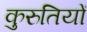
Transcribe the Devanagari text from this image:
कुरुतियों